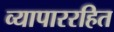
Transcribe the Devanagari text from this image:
व्यापाररहित